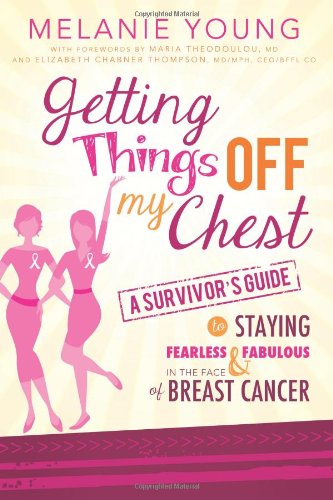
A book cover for Getting Things Off My Chest: A Survivor's Guide to Staying Fearless and Fabulous in the Face of Breast Cancer; Melanie Young; Health, Fitness & Dieting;